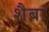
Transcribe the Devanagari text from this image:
शैबा